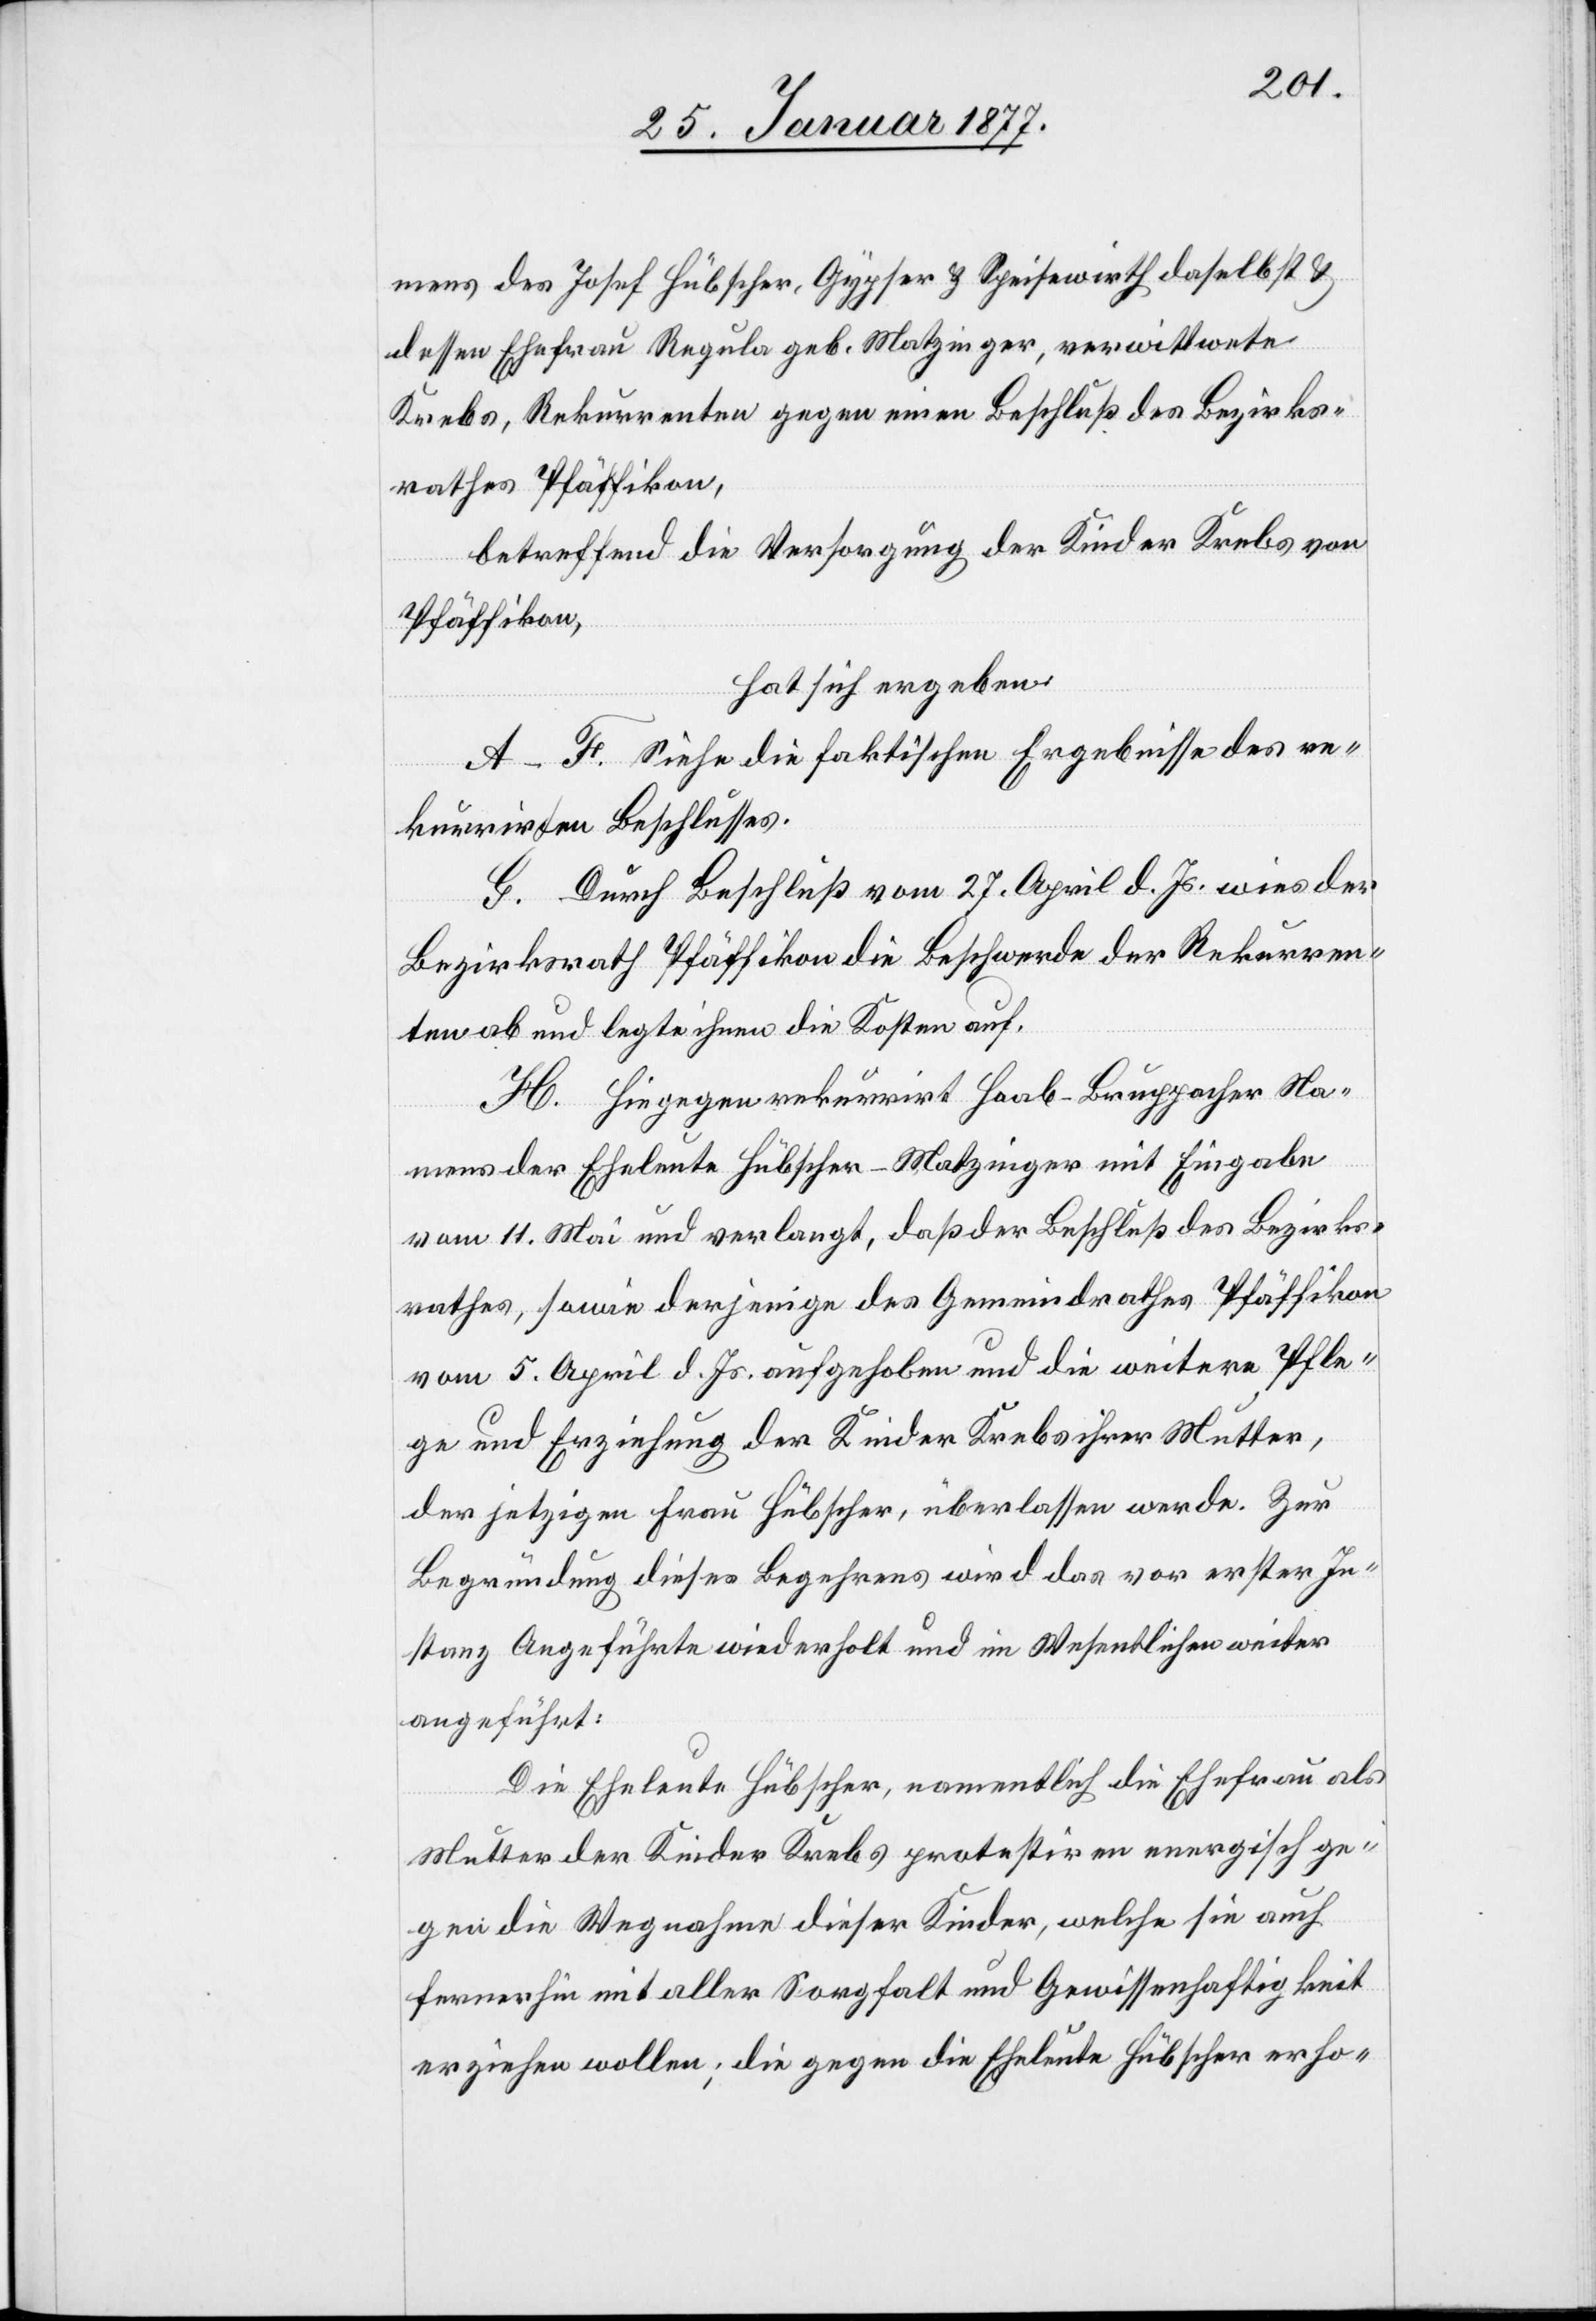
mens des Josef Hübscher, Gypser & Speisewirth daselbst &
dessen Ehefrau Regula geb. Matzinger, verwittwete
Krebs, Rekurrenten gegen einen Beschluß des Bezirks¬
rathes Pfäffikon,
betreffend die Versorgung der Kinder Krebs von
Pfäffikon,
hat sich ergeben:
A–F. Siehe die faktischen Ergebnisse des re¬
kurrirten Beschlusses.
G. Durch Beschluß vom 27. April d. Js. wies der
Bezirksrath Pfäffikon die Beschwerde der Rekurren¬
ten ab und legte ihnen die Kosten auf.
H. Hiegegen rekurrirt Haab-Bruppacher Na¬
mens der Eheleute Hübscher-Matzinger mit Eingabe
vom 11. Mai und verlangt, daß der Beschluß des Bezirks¬
rathes, sowie derjenige des Gemeindrathes Pfäffikon
vom 5. April d. Js. aufgehoben und die weitere Pfle¬
ge und Erziehung der Kinder Krebs ihrer Mutter,
der jetzigen Frau Hübscher, überlassen werde. Zur
Begründung dieses Begehrens wird das vor erster In¬
stanz Angeführte wiederholt und im Wesentlichen weiter
angeführt:
Die Eheleute Hübscher, namentlich die Ehefrau als
Mutter der Kinder Krebs protestiren energisch ge¬
gen die Wegnahme dieser Kinder, welche sie auch
fernerhin mit aller Sorgfalt und Gewissenhaftigkeit
erziehen wollen; die gegen die Eheleute Hübscher erho-